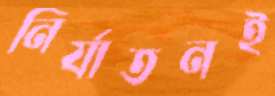
নির্যাতনই